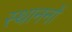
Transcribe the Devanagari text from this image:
स्थाननों